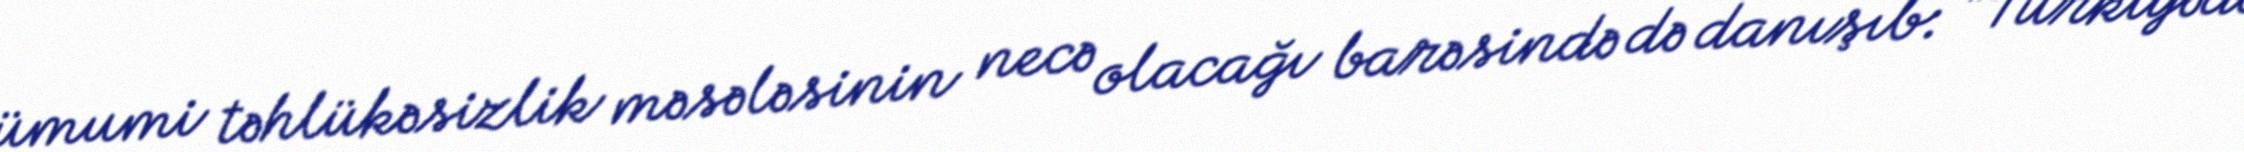
ümumi təhlükəsizlik məsələsinin necə olacağı barəsində də danışıb: “Türkiyədə